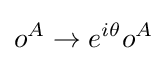
o^{A}\rightarrow e^{i\theta }o^{A}